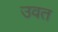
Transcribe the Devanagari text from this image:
उवत